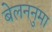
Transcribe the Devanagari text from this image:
बेलननुमा